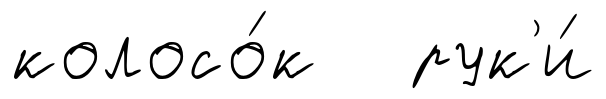
колосо́к рук'и́